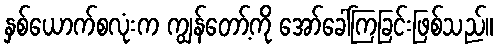
နှစ်ယောက်စလုံးက ကျွန်တော့်ကို အော်ခေါ်ကြခြင်းဖြစ်သည်။